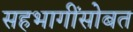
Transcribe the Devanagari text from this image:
सहभागींसोबत